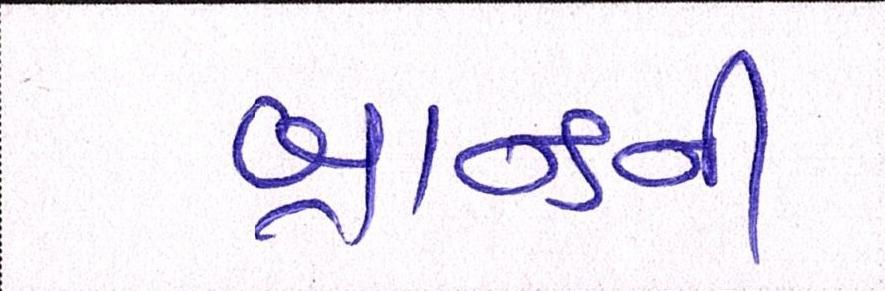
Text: બ્રાન્ડની